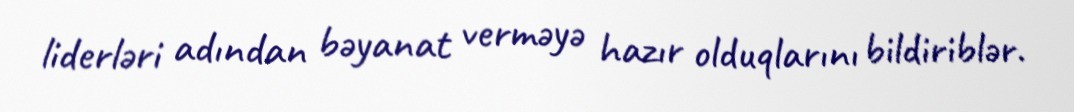
liderləri adından bəyanat verməyə hazır olduqlarını bildiriblər.